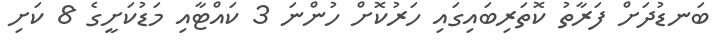
ބަނޑުދަށް ފަރާތު ކޮތަރިބައިގައި ހަރުކޮށް ހުންނަ 3 ކައްޓާއި މަޑުކަށީގެ 8 ކަށި